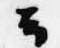
云